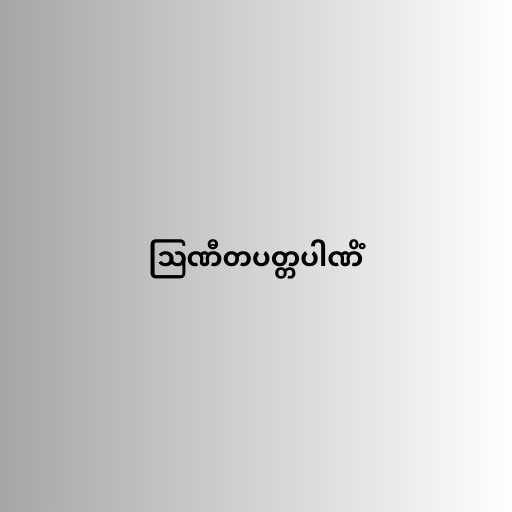
ဩဏီတပတ္တပါဏိံ